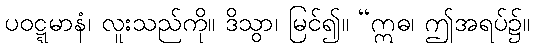
ပဝဋ္ဋမာနံ၊ လူးသည်ကို။ ဒိသွာ၊ မြင်၍။ “ဣဓ၊ ဤအရပ်၌။